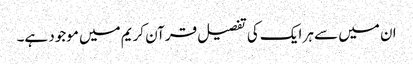
ان میں سے ہر ایک کی تفصیل قرآن کریم میں موجود ہے۔